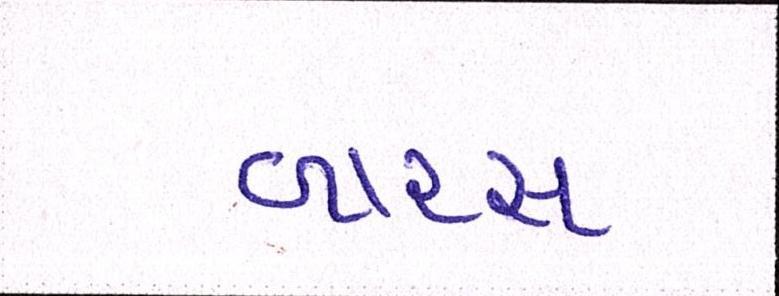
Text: બારસ